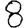
Digit: 8